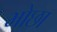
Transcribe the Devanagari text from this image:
भोछा